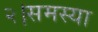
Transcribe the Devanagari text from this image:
२।समस्या